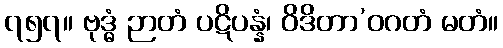
၇၅၇။ ဗုဒ္ဓံ ဉာတံ ပဋိပန္နံ၊ ဝိဒိတာ’ဝဂတံ မတံ။